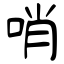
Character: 哨